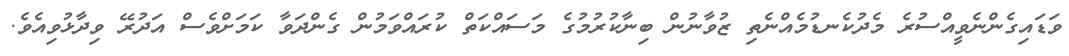
ވަޑައިގެންނެވީއްސުރެ މެދުކެނޑުމެއްނެތި ޒުވާނުން ބިނާކުރުމުގެ މަސައްކަތް ކުރައްވަމުން ގެންދަވާ ކަމަށްވެސް އަދުރޭ ވިދާޅުވިއެވެ.